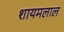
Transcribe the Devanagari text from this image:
शायमलाल